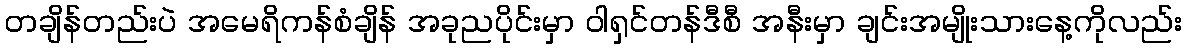
တချိန်တည်းပဲ အမေရိကန်စံချိန် အခုညပိုင်းမှာ ဝါရှင်တန်ဒီစီ အနီးမှာ ချင်းအမျိုးသားနေ့ကိုလည်း